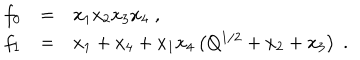
LaTeX: \begin{array} { l l l } { { f _ { 0 } } } & { { = } } & { { x _ { 1 } x _ { 2 } x _ { 3 } x _ { 4 } \; , } } \\ { { f _ { 1 } } } & { { = } } & { { x _ { 1 } + x _ { 4 } + x _ { 1 } x _ { 4 } \left( Q ^ { 1 / 2 } + x _ { 2 } + x _ { 3 } \right) \; . } } \\ \end{array}